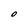
Character: O